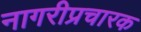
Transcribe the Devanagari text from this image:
नागरीप्रचारक